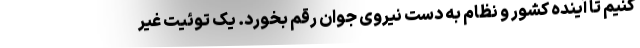
کنیم تا آینده کشور و نظام به دست نیروی جوان رقم بخورد. یک توئیت غیر